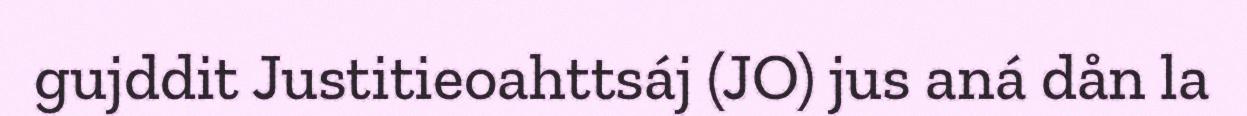
gujddit Justitieoahttsáj (JO) jus aná dån la